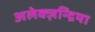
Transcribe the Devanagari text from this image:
अलेक्ज़न्द्रिया